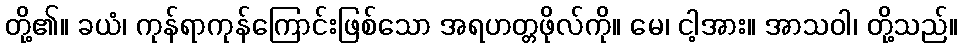
တို့၏။ ခယံ၊ ကုန်ရာကုန်ကြောင်းဖြစ်သော အရဟတ္တဖိုလ်ကို။ မေ၊ ငါ့အား။ အာသဝါ၊ တို့သည်။